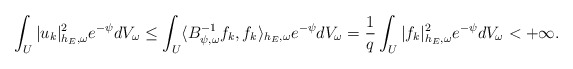
\begin{align*} \int_U|u_k|^2_{h_E,\omega}e^{-\psi}dV_\omega\leq\int_U\langle B_{\psi,\omega}^{-1}f_k,f_k\rangle_{h_E,\omega}e^{-\psi}dV_\omega=\frac{1}{q}\int_U|f_k|^2_{h_E,\omega}e^{-\psi}dV_\omega<+\infty. \end{align*}